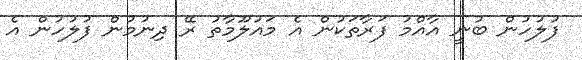
ފުލުހުން ބުނީ އާއްމު ފަރާތަކުން އެ މައުލޫމާތު ރޭ ދިނުމުން ފުލުހުން އެ